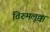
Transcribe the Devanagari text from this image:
तिरुमलूक्कं